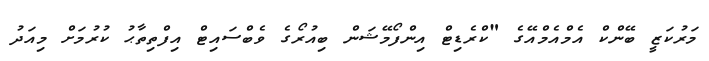
މަރުކަޒީ ބޭންކް އެމްއެމްއޭގެ "ކްރެޑިޓް އިންފޯމޭޝަން ބިއުރޯގެ ވެބްސައިޓް އިފްތިތާޙު ކުރުމަށް މިއަދު